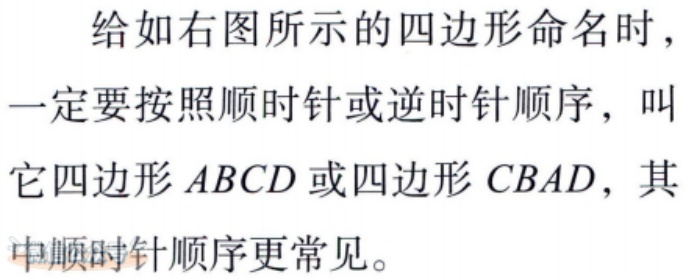
给如右图所示的四边形命名时，一定要按照顺时针或逆时针顺序，叫它四边形\(ABCD\)或四边形\(CBAD\)，其中顺时针顺序更常见。